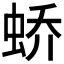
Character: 𫊸